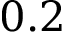
0 . 2